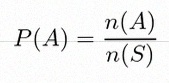
P(A)=\frac{n(A)}{n(S)}